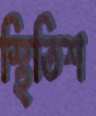
স্থিতিশ